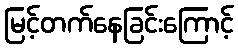
မြင့်တက်နေခြင်းကြောင့်